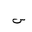
Letter: _sin